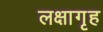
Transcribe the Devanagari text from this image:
लक्षागृह